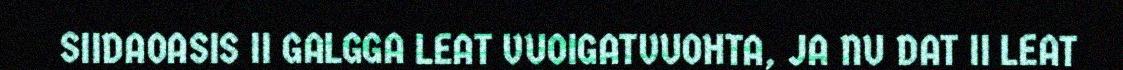
SIIDAOASIS II GALGGA LEAT VUOIGATVUOHTA, JA NU DAT II LEAT